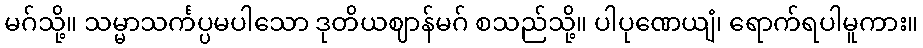
မဂ်သို့။ သမ္မာသင်္ကပ္ပမပါသော ဒုတိယဈာန်မဂ် စသည်သို့။ ပါပုဏေယျံ၊ ရောက်ရပါမူကား။